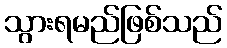
သွားရမည်ဖြစ်သည်